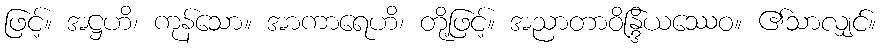
ဖြင့်။ အဋ္ဌဟိ၊ ကုန်သော။ အာကာရေဟိ၊ တို့ဖြင့်။ အညာတာဝိန္ဒြိယဿေဝ။ ၏သာလျှင်။